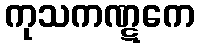
ကုသကဏ္ဋကေ